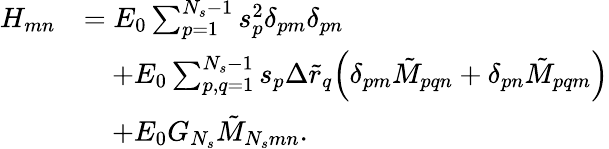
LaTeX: \begin{array}{rl}{H_{mn}}&{=E_{0}\sum_{p=1}^{N_{s}-1}{s_{p}^{2}\delta_{pm}\delta_{pn}}}\\ &{\quad+E_{0}\sum_{p,q=1}^{N_{s}-1}{s_{p}\Delta\tilde{r}_{q}\Big(\delta_{pm}\tilde{M}_{pqn}+\delta_{pn}\tilde{M}_{pqm}\Big)}}\\ &{\quad+E_{0}G_{N_{s}}\tilde{M}_{N_{s}mn}.}\end{array}